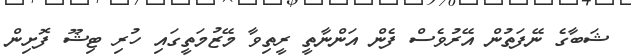
ޝަބާގެ ނޭފަތުން އޭރުވެސް ފެން އަންނާތީ ރީތިވާ މޭޒުމަތީގައި ހުރި ޓިޝޫ ފޮށިން